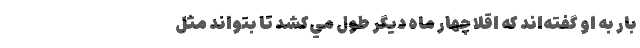
بار به او گفته‌اند كه اقلا چهار ماه ديگر طول مي‌كشد تا بتواند مثل